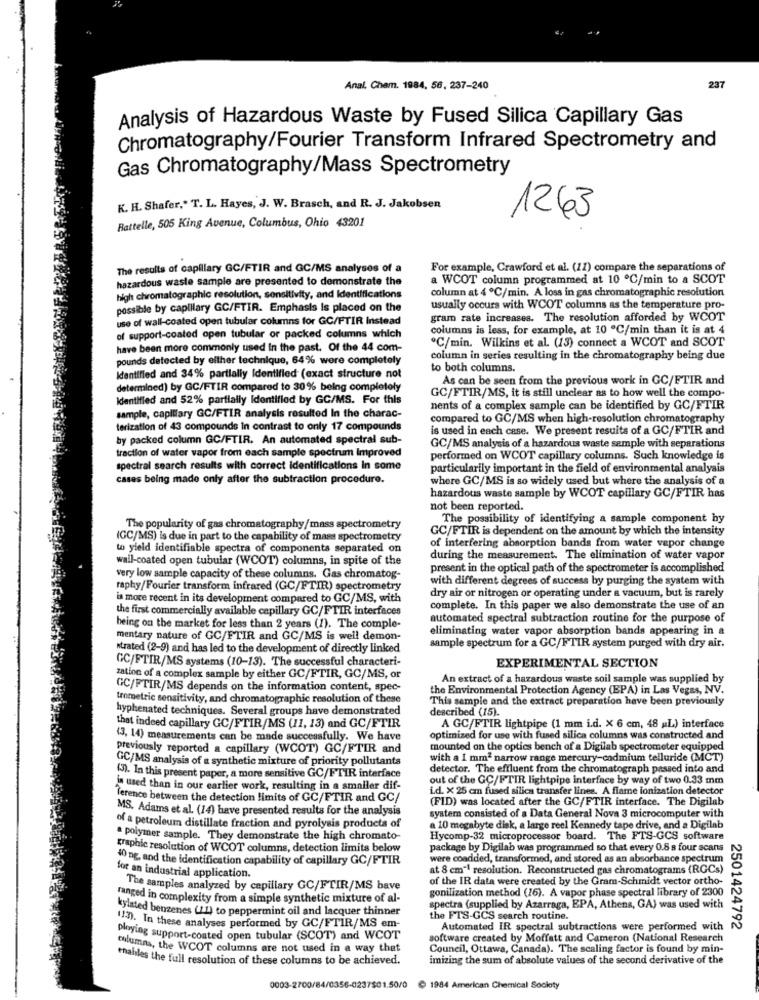
Anal, Cham. 1984, 56, 237-240
237
Analysis of Hazardous Waste by Fused Silica Capillary Gas
Chromatography/Fourier Transform Infrared Spectrometry and
Gas Chromatography/Mass Spectrometry
K. H. Shafer," T. L. Hayes, J. W. Brasch, and R. J. Jakobsen
1263
Battelle, 505 King Avenue, Columbus, Ohio 43201
The results of capillary GC/FTIR and GC/MS analyses of a
For example, Crawford et al. (11) compare the separations of
hazardous waste sample are presented to demonstrate the
a WCOT column programmed at 10 ℃/min to a SCOT
column at 4 ℃/min. A loss in gas chromatographic resolution
high chromatographic resolutiont, sensitivity, and Identifications
possible by capillary GC/FTIR. Emphasis is placed on the
usually occurs with WCOT columns as the temperature pro-
use of wall-coated open tubular columns for GC/FTIR Instead
gram rate increases. The resolution afforded by WCOT
columns is less, for example, at 10 ℃/min than it is at 4
of support-coated open tubular or packed columns which
C/min. Wilkins et al. (13) connect a WCOT and SCOT
have been more commonly used In the past. Of the 44 com-
pounds detected by either technique, 64% were completely
column in series resulting in the chromatography being due
to both columns.
identified and 34% partially Identified (exact structure not
As can be seen from the previous work in GC/FTIR and
determined) by GC/FTIR compared to 30% being completely
GC/FTIR/MS, it is still unclear as to how well the compo-
Identified and 52% partially Identified by GC/MS. For this
nents of a complex sample can be identified by GC/FTIR
sample, capillary GC/FTIR analysis resulted In the charac-
compared to GC/MS when high-resolution chromatography
terization of 43 compounds In contrast to only 17 compounds
is used in each case. We present results of a GC/FTIR and
by packed column GC/FTIR. An automated spectral sub-
traction of water vapor from each sample spectrum Improved
GC/MS analysis of a hazardous waste sample with separations
performed on WCOT capillary columns. Such knowledge is
spectral search results with correct identifications In some
particularily important in the field of environmental analysis
cases being made only after the subtraction procedure.
where GC/MS is so widely used but where the analysis of a
hazardous waste sample by WCOT capillary GC/FTIR has
not been reported.
The possibility of identifying a sample component hy
The popularity of gas chromatography/mass spectrometry
GC/FTIR is dependent on the amount by which the intensity
(GC/MS) is due in part to the capability of mass spectrometry
to yield identifiable spectra of components separated on
of interfering absorption bands from water vapor change
wall-coated open tubular (WCOT) columns, in spite of the
during the measurement. The elimination of water vapor
present in the optical path of the spectrometer is accomplished
very low sample capacity of these columns. Gas chromatog-
with different degrees of success by purging the system with
raphy/Fourier transform infrared (GC/FTIR) spectrometry
dry air or nitrogen or operating under a vacuum, but is rarely
ia more recent in its development compared to GC/MS, with
the first commercially available capillary GC/FTIR interfaces
complete. In this paper we also demonstrate the use of an
automated spectral subtraction routine for the purpose of
being on the market for less than 2 years (1). The comple-
eliminating water vapor absorption bands appearing in a
mentary nature of GC/FTIR and GC/MS is well demon-
wtrated (2-9) and has led to the development of directly linked
sample spectrum for a GC/FTIR system purged with dry air.
GC/FTIR/MS systems (10-13). The successful characteri-
EXPERIMENTAL SECTION
zation of a complex sample by either GC/FTIR, GC/MS, or
An extract of a hazardous waste soil sample was supplied by
GC/FTIR/MS depends on the information content, spec-
the Environmental Protection Agency (EPA) in Las Vegas, NV.
trometric sensitivity, and chromatographic resolution of these
This sample and the extract preparation have been previously
hyphenated techniques. Several groups have demonstrated
described (15).
that indeed capillary GC/FTIR/MS (11, 13) and GC/FTIR
A GC/FTIR lightpipe (1 mm i.d. X 6 cm, 48 ,L) interface
(3, 14) measurements can be made successfully. We have
optimized for use with fused silica columns was constructed and
previously reported a capillary (WCOT) GC/FTIR and
mounted on the optics bench of a Digilab spectrometer equipped
GC/MS analysis of a synthetic mixture of priority pollutants
with a 1 mm2 narrow range mercury-cadmium telluride (MCT)
detector. The effluent from the chromatograph passed into and
(3). In this present paper, a more sensitive GC/FTIR interface
out of the GC/FTIR lightpipe interface by way of two 0.33 mm
in used than in our earlier work, resulting in a smaller dif-
i.d. X 25 cm fused silica transfer lines. A flame ionization detector
ference between the detection limits of GC/FTIR and GC/
(FID) was located after the GC/FTIR interface. The Digilab
MS. Adams et al. (14) have presented results for the analysis
system consisted of a Data General Nova 3 microcomputer with
of a petroleum distillate fraction and pyrolysis products of
a 10 megabyte disk, a large reel Kennedy tape drive, and a Digilab
. polymer sample. They demonstrate the high chromato-
Hycomp-32 microprocessor board. The FTS-GCS software
graphic resolution of WCOT columns, detection limits below
package by Digilab was programmed so that every 0.8 s four scans
40 ng, and the identification capability of capillary GC/FTIR
were coadded, transformed, and stored as an absorbance spectrum
at 8 cm"! resolution. Reconstructed gas chromatograms (RGCs)
for an industrial application.
of the IR data were created by the Gram-Schmidt vector ortho-
The samples analyzed by capillary GC/FTIR/MS bave
gonilization method (16). A vapor phase spectral library of 2300
ranged in complexity from a simple synthetic mixture of al-
kylated benzenes (11) to peppermint oil and lacquer thinner
spectra (supplied by Azarraga, EPA, Athens, GA) was used with
the FTS-GCS search routine.
1/3). In these analyses performed by GC/FTIR/MS em-
Automated IR spectral subtractions were performed with
2501424792
ploying support-coated open tubular (SCOT) and WCOT
software created by Moffatt and Cameron (National Research
columns, the WCOT columns are not used in a way that
Council, Ottawa, Canada). The scaling factor is found by min-
enables the full resolution of these columns to be achieved.
imizing the sum of absolute values of the second derivative of the
0003-2700/84/0356-0237$01.50/0
1984 American Chemical Society